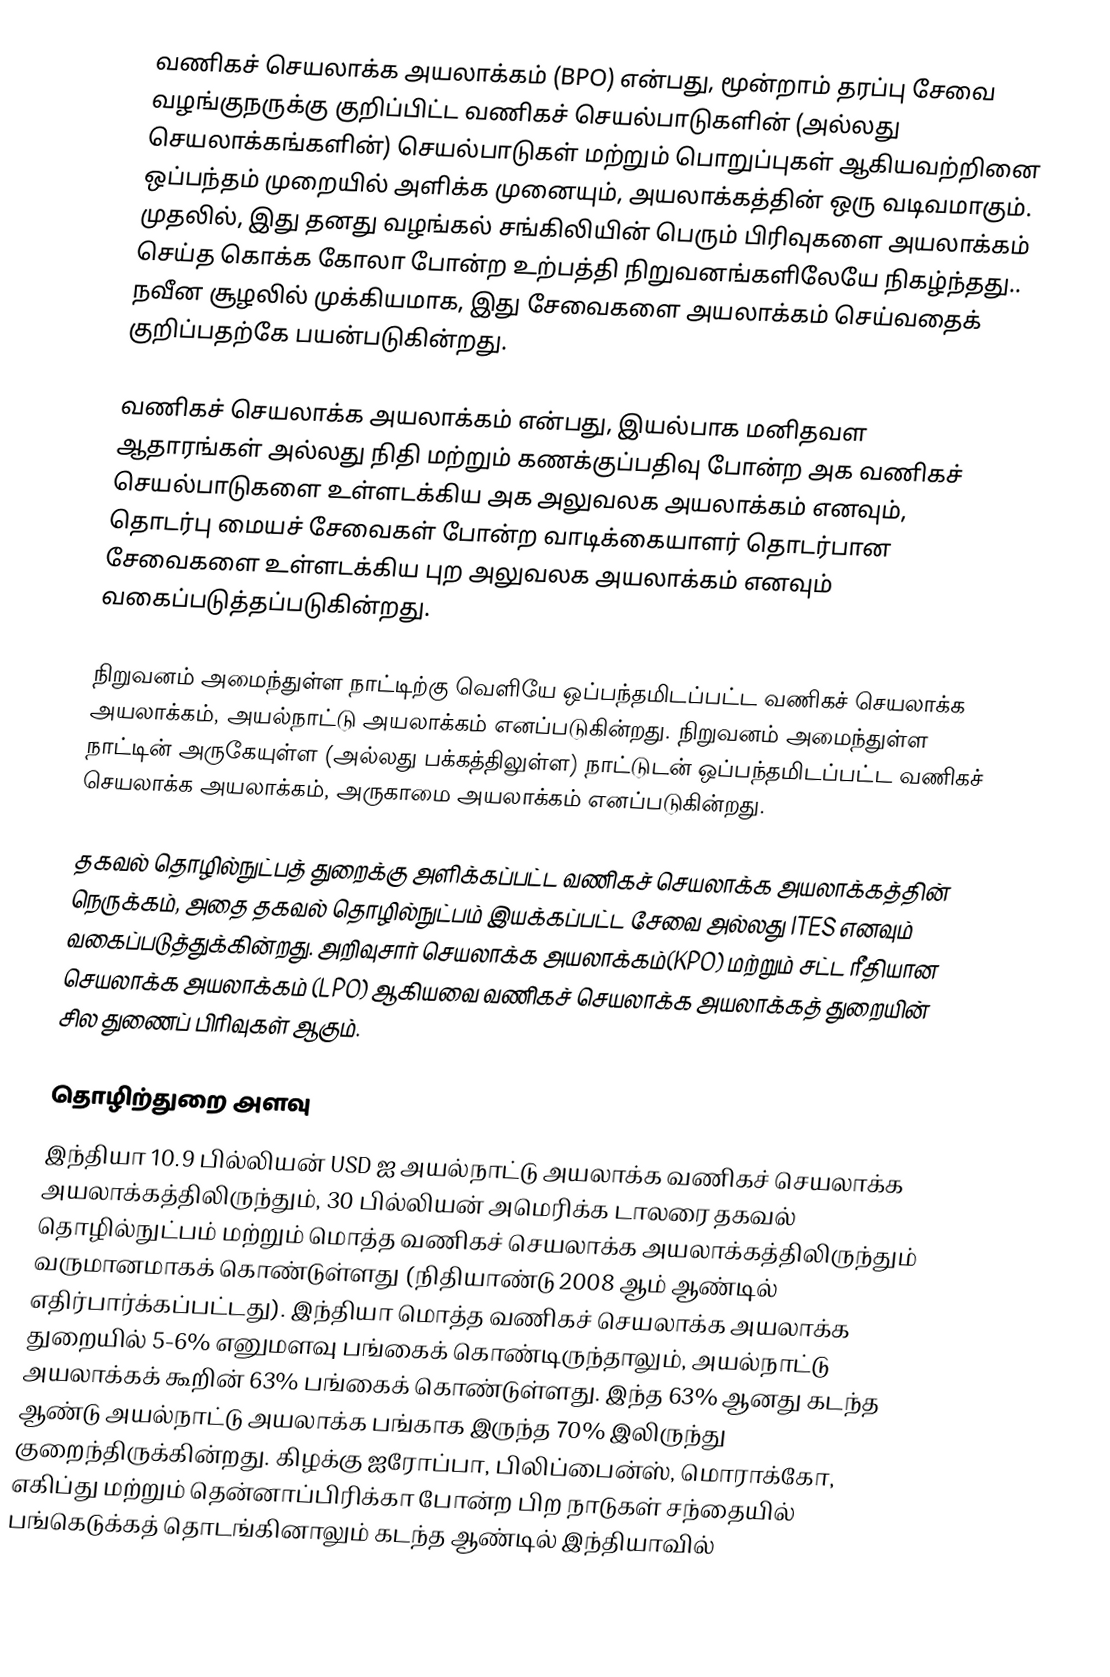
வணிகச் செயலாக்க அயலாக்கம் (BPO) என்பது, மூன்றாம் தரப்பு சேவை வழங்குநருக்கு குறிப்பிட்ட வணிகச் செயல்பாடுகளின் (அல்லது செயலாக்கங்களின்) செயல்பாடுகள் மற்றும் பொறுப்புகள் ஆகியவற்றினை ஒப்பந்தம் முறையில் அளிக்க முனையும், அயலாக்கத்தின் ஒரு வடிவமாகும். முதலில், இது தனது வழங்கல் சங்கிலியின் பெரும் பிரிவுகளை அயலாக்கம் செய்த கொக்க கோலா போன்ற உற்பத்தி நிறுவனங்களிலேயே நிகழ்ந்தது.. நவீன சூழலில் முக்கியமாக, இது சேவைகளை அயலாக்கம் செய்வதைக் குறிப்பதற்கே பயன்படுகின்றது.

வணிகச் செயலாக்க அயலாக்கம் என்பது, இயல்பாக மனிதவள ஆதாரங்கள் அல்லது நிதி மற்றும் கணக்குப்பதிவு போன்ற அக வணிகச் செயல்பாடுகளை உள்ளடக்கிய அக அலுவலக அயலாக்கம் எனவும், தொடர்பு மையச் சேவைகள் போன்ற வாடிக்கையாளர் தொடர்பான சேவைகளை உள்ளடக்கிய புற அலுவலக அயலாக்கம் எனவும் வகைப்படுத்தப்படுகின்றது.

நிறுவனம் அமைந்துள்ள நாட்டிற்கு வெளியே ஒப்பந்தமிடப்பட்ட வணிகச் செயலாக்க அயலாக்கம், அயல்நாட்டு அயலாக்கம் எனப்படுகின்றது. நிறுவனம் அமைந்துள்ள நாட்டின் அருகேயுள்ள (அல்லது பக்கத்திலுள்ள) நாட்டுடன் ஒப்பந்தமிடப்பட்ட வணிகச் செயலாக்க அயலாக்கம், அருகாமை அயலாக்கம் எனப்படுகின்றது.

தகவல் தொழில்நுட்பத் துறைக்கு அளிக்கப்பட்ட வணிகச் செயலாக்க அயலாக்கத்தின் நெருக்கம், அதை தகவல் தொழில்நுட்பம் இயக்கப்பட்ட சேவை அல்லது ITES எனவும் வகைப்படுத்துக்கின்றது. அறிவுசார் செயலாக்க அயலாக்கம்(KPO) மற்றும் சட்ட ரீதியான செயலாக்க அயலாக்கம் (LPO) ஆகியவை வணிகச் செயலாக்க அயலாக்கத் துறையின் சில துணைப் பிரிவுகள் ஆகும்.

தொழிற்துறை அளவு
இந்தியா 10.9 பில்லியன் USD ஐ அயல்நாட்டு அயலாக்க வணிகச் செயலாக்க அயலாக்கத்திலிருந்தும், 30 பில்லியன் அமெரிக்க டாலரை தகவல் தொழில்நுட்பம் மற்றும் மொத்த வணிகச் செயலாக்க அயலாக்கத்திலிருந்தும் வருமானமாகக் கொண்டுள்ளது (நிதியாண்டு 2008 ஆம் ஆண்டில் எதிர்பார்க்கப்பட்டது). இந்தியா மொத்த வணிகச் செயலாக்க அயலாக்க துறையில் 5-6% எனுமளவு பங்கைக் கொண்டிருந்தாலும், அயல்நாட்டு அயலாக்கக் கூறின் 63% பங்கைக் கொண்டுள்ளது. இந்த 63% ஆனது கடந்த ஆண்டு அயல்நாட்டு அயலாக்க பங்காக இருந்த 70% இலிருந்து குறைந்திருக்கின்றது. கிழக்கு ஐரோப்பா, பிலிப்பைன்ஸ், மொராக்கோ, எகிப்து மற்றும் தென்னாப்பிரிக்கா போன்ற பிற நாடுகள் சந்தையில் பங்கெடுக்கத் தொடங்கினாலும் கடந்த ஆண்டில் இந்தியாவில்